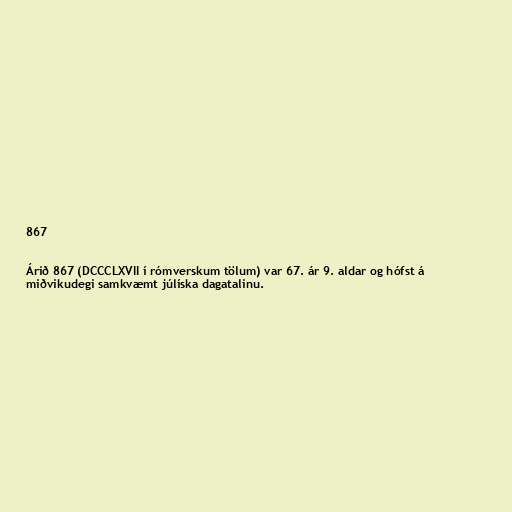
867

Árið 867 (DCCCLXVII í rómverskum tölum) var 67. ár 9. aldar og hófst á
miðvikudegi samkvæmt júlíska dagatalinu.